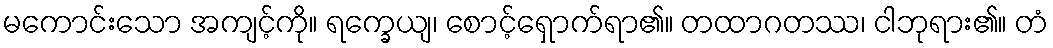
မကောင်းသော အကျင့်ကို။ ရက္ခေယျ၊ စောင့်ရှောက်ရာ၏။ တထာဂတဿ၊ ငါဘုရား၏။ တံ